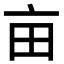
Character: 亩